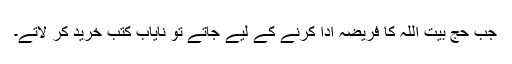
جب حج بیت اللہ کا فریضہ ادا کرنے کے لیے جاتے تو نایاب کتب خرید کر لاتے۔